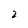
Character: 2